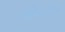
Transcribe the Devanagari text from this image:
पार्किंन्सन